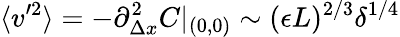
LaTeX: \langle v^{\prime 2}\rangle=-\partial_{\Delta x}^{2}C|_{(0,0)}\sim(\epsilon L)^{2/3}\delta^{1/4}